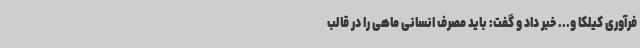
فرآوری کیلکا و... خبر داد و گفت: باید مصرف انسانی ماهی را در قالب